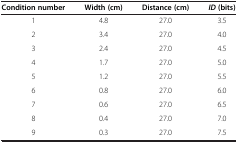
<table><thead><tr><td><b>Condition number</b></td><td><b>Width (cm)</b></td><td><b>Distance (cm)</b></td><td><b><i>ID </i>(bits)</b></td></tr></thead><tbody><tr><td>1</td><td>4.8</td><td>27.0</td><td>3.5</td></tr><tr><td>2</td><td>3.4</td><td>27.0</td><td>4.0</td></tr><tr><td>3</td><td>2.4</td><td>27.0</td><td>4.5</td></tr><tr><td>4</td><td>1.7</td><td>27.0</td><td>5.0</td></tr><tr><td>5</td><td>1.2</td><td>27.0</td><td>5.5</td></tr><tr><td>6</td><td>0.8</td><td>27.0</td><td>6.0</td></tr><tr><td>7</td><td>0.6</td><td>27.0</td><td>6.5</td></tr><tr><td>8</td><td>0.4</td><td>27.0</td><td>7.0</td></tr><tr><td>9</td><td>0.3</td><td>27.0</td><td>7.5</td></tr></tbody></table>